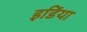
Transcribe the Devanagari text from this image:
इडिंया